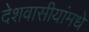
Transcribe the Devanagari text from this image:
देशवासीयांमधे